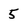
Character: 5